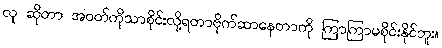
လူ ဆိုတာ အဝတ်ကိုသာစိုင်းလို့ရတာဗိုက်ဆာနေတာကို ကြာကြာမစိုင်းနိုင်ဘူး။